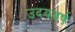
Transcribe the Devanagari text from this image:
उदयवर्ष